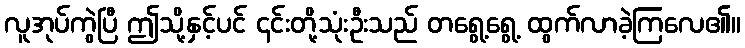
လူအုပ်ကွဲပြီ ဤသို့နှင့်ပင် ၎င်းတို့သုံးဦးသည် တရွေ့ရွေ့ ထွက်လာခဲ့ကြလေ၏။